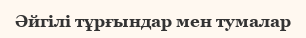
Әйгілі тұрғындар мен тумалар